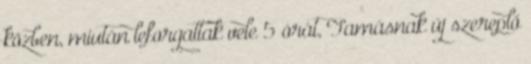
közben, miután leforgattak vele 5 órát, Tamásnak új szereplő